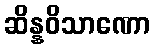
ဆိန္နဝိသာဏော